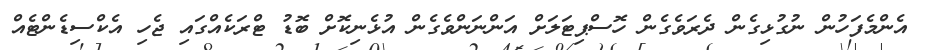
އެންމެފަހުން ނުގުޅިގެން ދެރަވެގެން ހޮސްޕިޓަލަށް އަންނަންވެގެން އުޅެނިކޮށް ބޮޑު ޓްރަކެއްގައި ޖެހި އެކްސިޑެންޓެއް